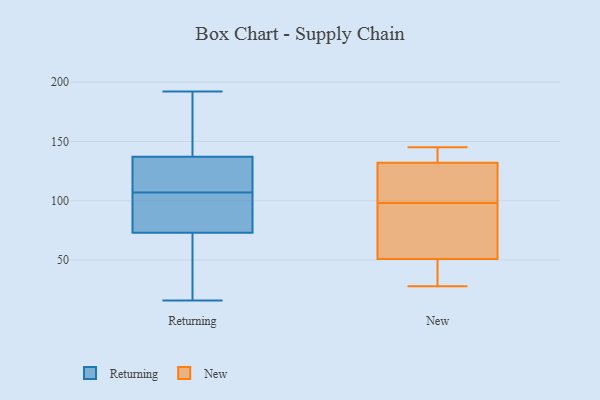
{"axis": {"x": "Active Users", "y": "Value"}, "legend": ["New", "Returning"], "data": [{"x": "", "y": 99, "type": "Returning"}, {"x": "", "y": 97, "type": "Returning"}, {"x": "", "y": 65, "type": "Returning"}, {"x": "", "y": 176, "type": "Returning"}, {"x": "", "y": 20, "type": "Returning"}, {"x": "", "y": 116, "type": "Returning"}, {"x": "", "y": 115, "type": "Returning"}, {"x": "", "y": 192, "type": "Returning"}, {"x": "", "y": 95, "type": "Returning"}, {"x": "", "y": 162, "type": "Returning"}, {"x": "", "y": 143, "type": "Returning"}, {"x": "", "y": 16, "type": "Returning"}, {"x": "", "y": 81, "type": "Returning"}, {"x": "", "y": 131, "type": "Returning"}, {"x": "", "y": 120, "type": "Returning"}, {"x": "", "y": 175, "type": "Returning"}, {"x": "", "y": 126, "type": "Returning"}, {"x": "", "y": 86, "type": "Returning"}, {"x": "", "y": 19, "type": "Returning"}, {"x": "", "y": 45, "type": "Returning"}, {"x": "", "y": 42, "type": "New"}, {"x": "", "y": 141, "type": "New"}, {"x": "", "y": 106, "type": "New"}, {"x": "", "y": 88, "type": "New"}, {"x": "", "y": 35, "type": "New"}, {"x": "", "y": 138, "type": "New"}, {"x": "", "y": 51, "type": "New"}, {"x": "", "y": 95, "type": "New"}, {"x": "", "y": 78, "type": "New"}, {"x": "", "y": 132, "type": "New"}, {"x": "", "y": 28, "type": "New"}, {"x": "", "y": 101, "type": "New"}, {"x": "", "y": 107, "type": "New"}, {"x": "", "y": 145, "type": "New"}]}